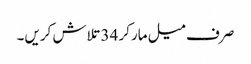
صرف میل مارکر 34 تلاش کریں۔